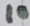
Text: 10